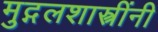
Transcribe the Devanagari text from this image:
मुद्गलशास्त्रींनी